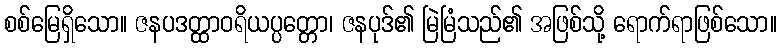
စစ်မြေရှိသော။ ဇနပဒတ္ထာဝရိယပ္ပတ္တော၊ ဇနပုဒ်၏ မြဲမြံသည်၏ အဖြစ်သို့ ရောက်ရာဖြစ်သော။